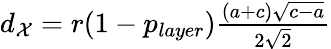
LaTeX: \begin{array}{r}{d_{\mathcal{X}}=r(1-p_{layer})\frac{(a+c)\sqrt{c-a}}{2\sqrt{2}}}\end{array}